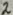
Text: 2